Annual report of the Camel Specialist
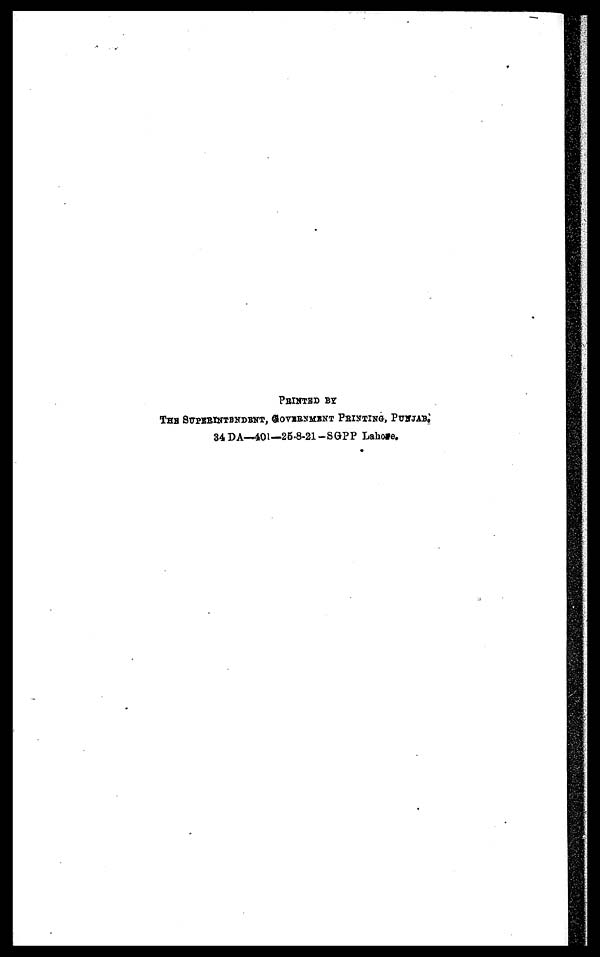
PRINTED BY
THE SUPERINTENDENT, GOVERNMENT PRINTING, PUNJAB.
34 DA—401—25-8-21-SGPP Lahore.